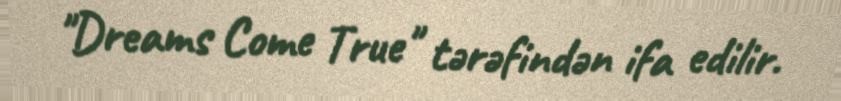
"Dreams Come True" tərəfindən ifa edilir.